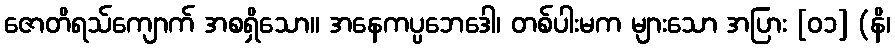
ဇောတိရသ်ကျောက် အစရှိသော။ အနေကပ္ပဘေဒေါ၊ တစ်ပါးမက များသော အပြား [၀၁] (နိ၊